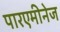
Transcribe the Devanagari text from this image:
पारएमीनेज